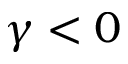
\gamma < 0